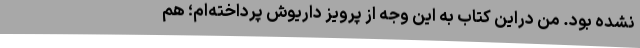
نشده بود. من دراین کتاب به این وجه از پرویز داریوش پرداخته‌ام؛ هم